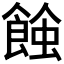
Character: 𧐂